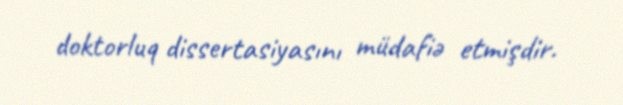
doktorluq dissertasiyasını müdafiə etmişdir.